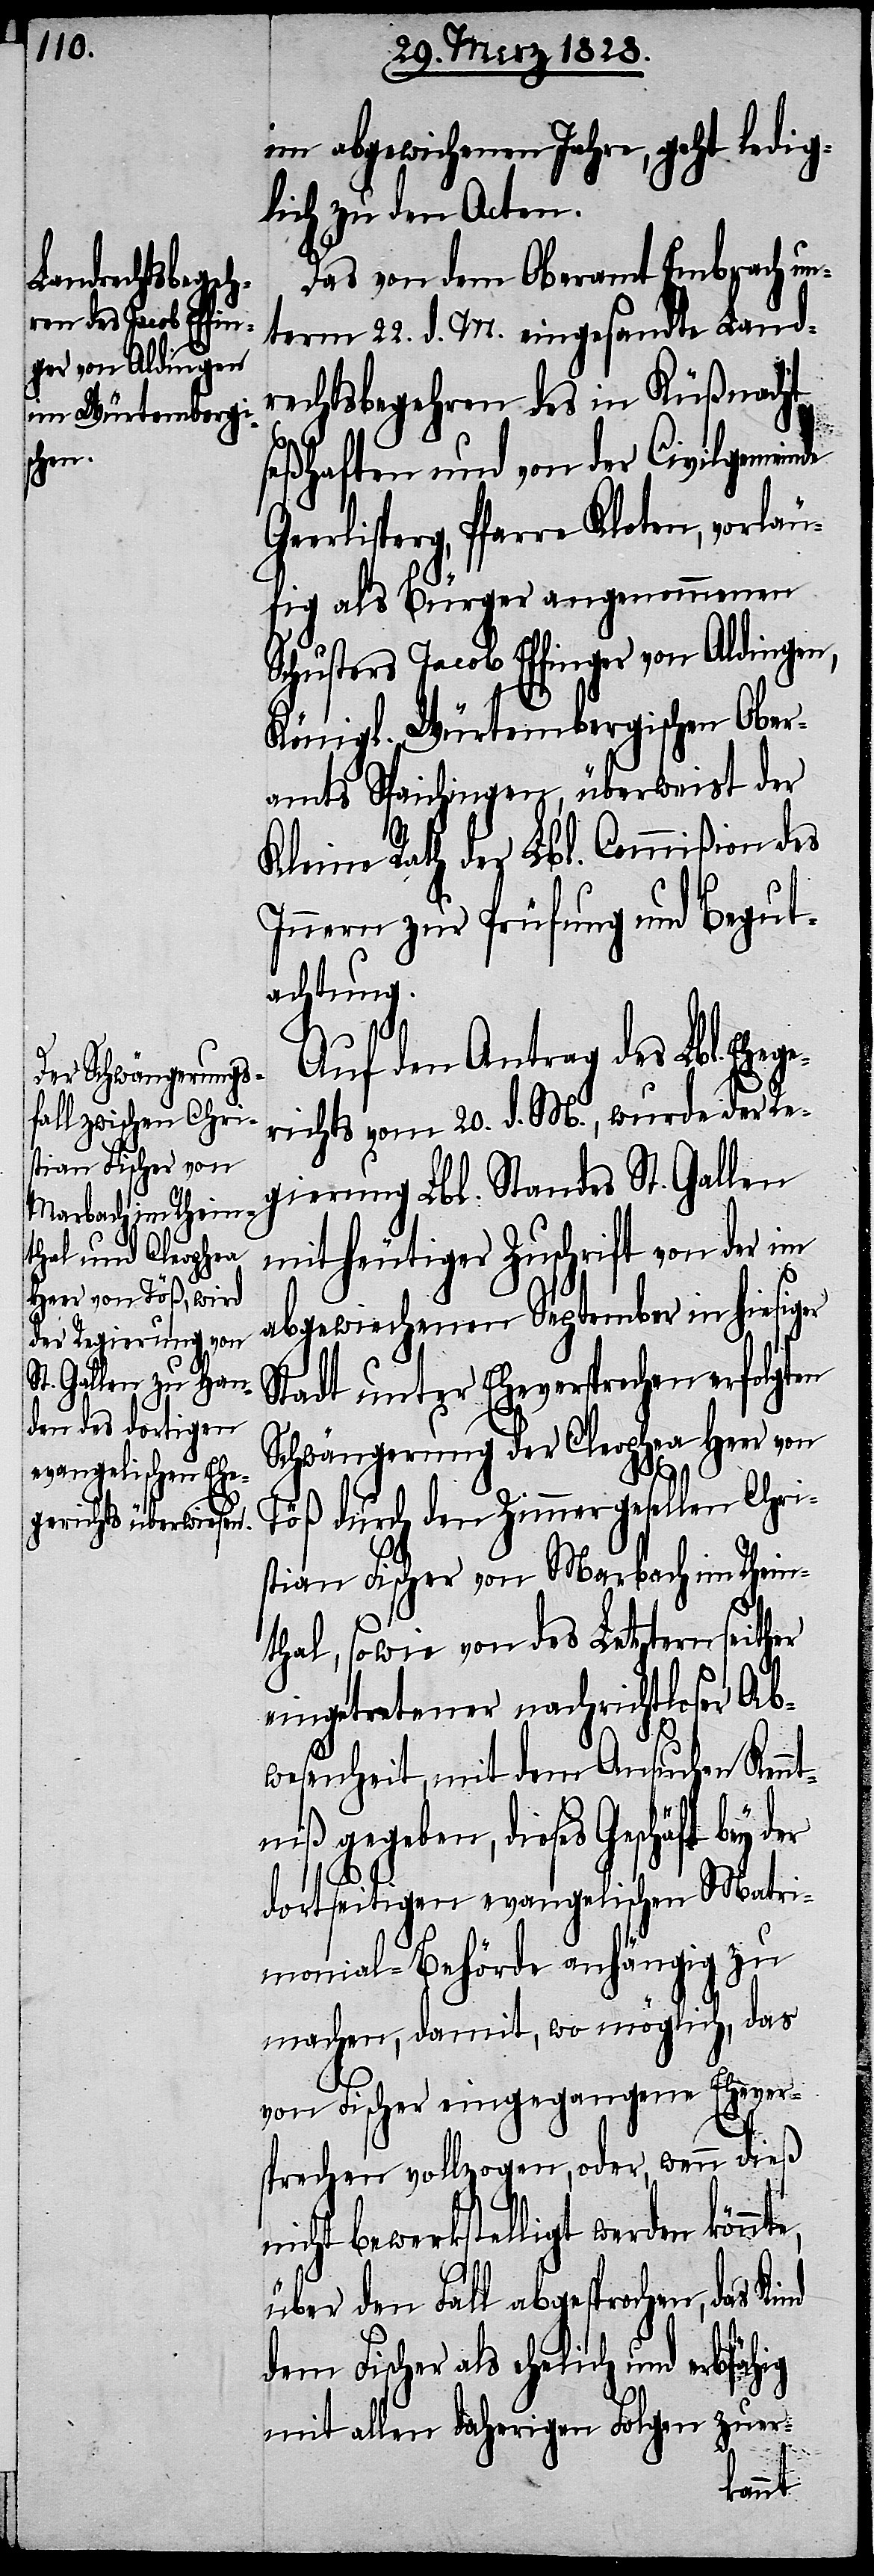
im abgewichenen Jahre, geht ledig¬
lich zu den Acten.
Das von dem Oberamt Embrach un¬
term 22. d. M. eingesandte Land¬
rechtsbegehren des in Küßnacht
seßhaften und von der Civilgemeinde
erlisperg, Pfarre Kloten, vorläu¬
fig als Bürger angenommenen
Schusters Jacob Effinger von Aldingen,
Königl. Würtembergischen Ober¬
amts Spaichingen, überweist der
Kleine Rath der Lbl. Commißion des
Innern zur Prüfung und Begut¬
achtung.
Auf den Antrag des Lbl. Ehe¬
richts vom 20. d. M., wurde der Re¬
gierung Lbl. Standes St. Gallen
mit heutiger Zuschrift von der im
abgewichenen September in hiesig¬
Stadt unter Eheversprechen erfolgten
Schwängerung der Cleophea Heer von
Töß durch den Zimmergesellen Chri¬
stian Fischer von Marbach im Rhein¬
thal, sowie von des Letztern seither
eingetretener nachrichtloser Ab¬
wesenheit, mit dem Ansuchen Kennt¬
niß gegeben, dieses Geschäft bey
hig
dortseitigen evangelischen Matri¬
monial-Behörde anhängig zu
machen, damit, wo möglich, das
von Fischer eingegangene Ehever¬
sprechen vollzogen, oder, wenn dieß
icht bewerkstelligt werden
über den Fall abgesprochen, das
dem Fischer als ehelich und erbfä¬
mit allen daherigen Folgen zuer-